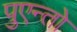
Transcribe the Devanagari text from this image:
पुएन्तो